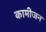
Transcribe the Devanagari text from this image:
कामीजन